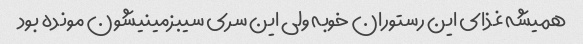
همیشه غذای این رستوران خوبه ولی این سری سیبزمینیشون مونده بود